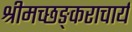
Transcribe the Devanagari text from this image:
श्रीमच्छङ्कराचार्य